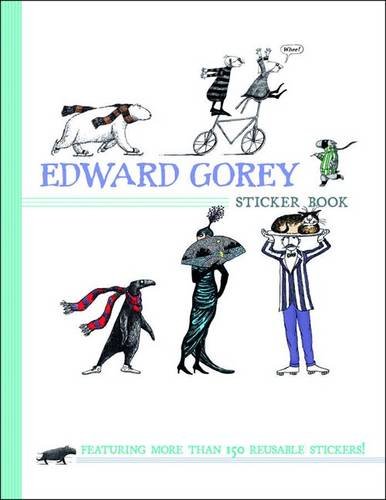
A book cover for Edward Gorey; Edward Gorey; Teen & Young Adult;